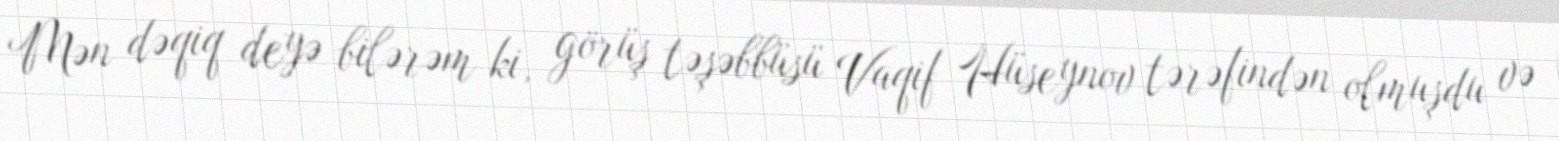
Mən dəqiq deyə bilərəm ki, görüş təşəbbüsü Vaqif Hüseynov tərəfindən olmuşdu və